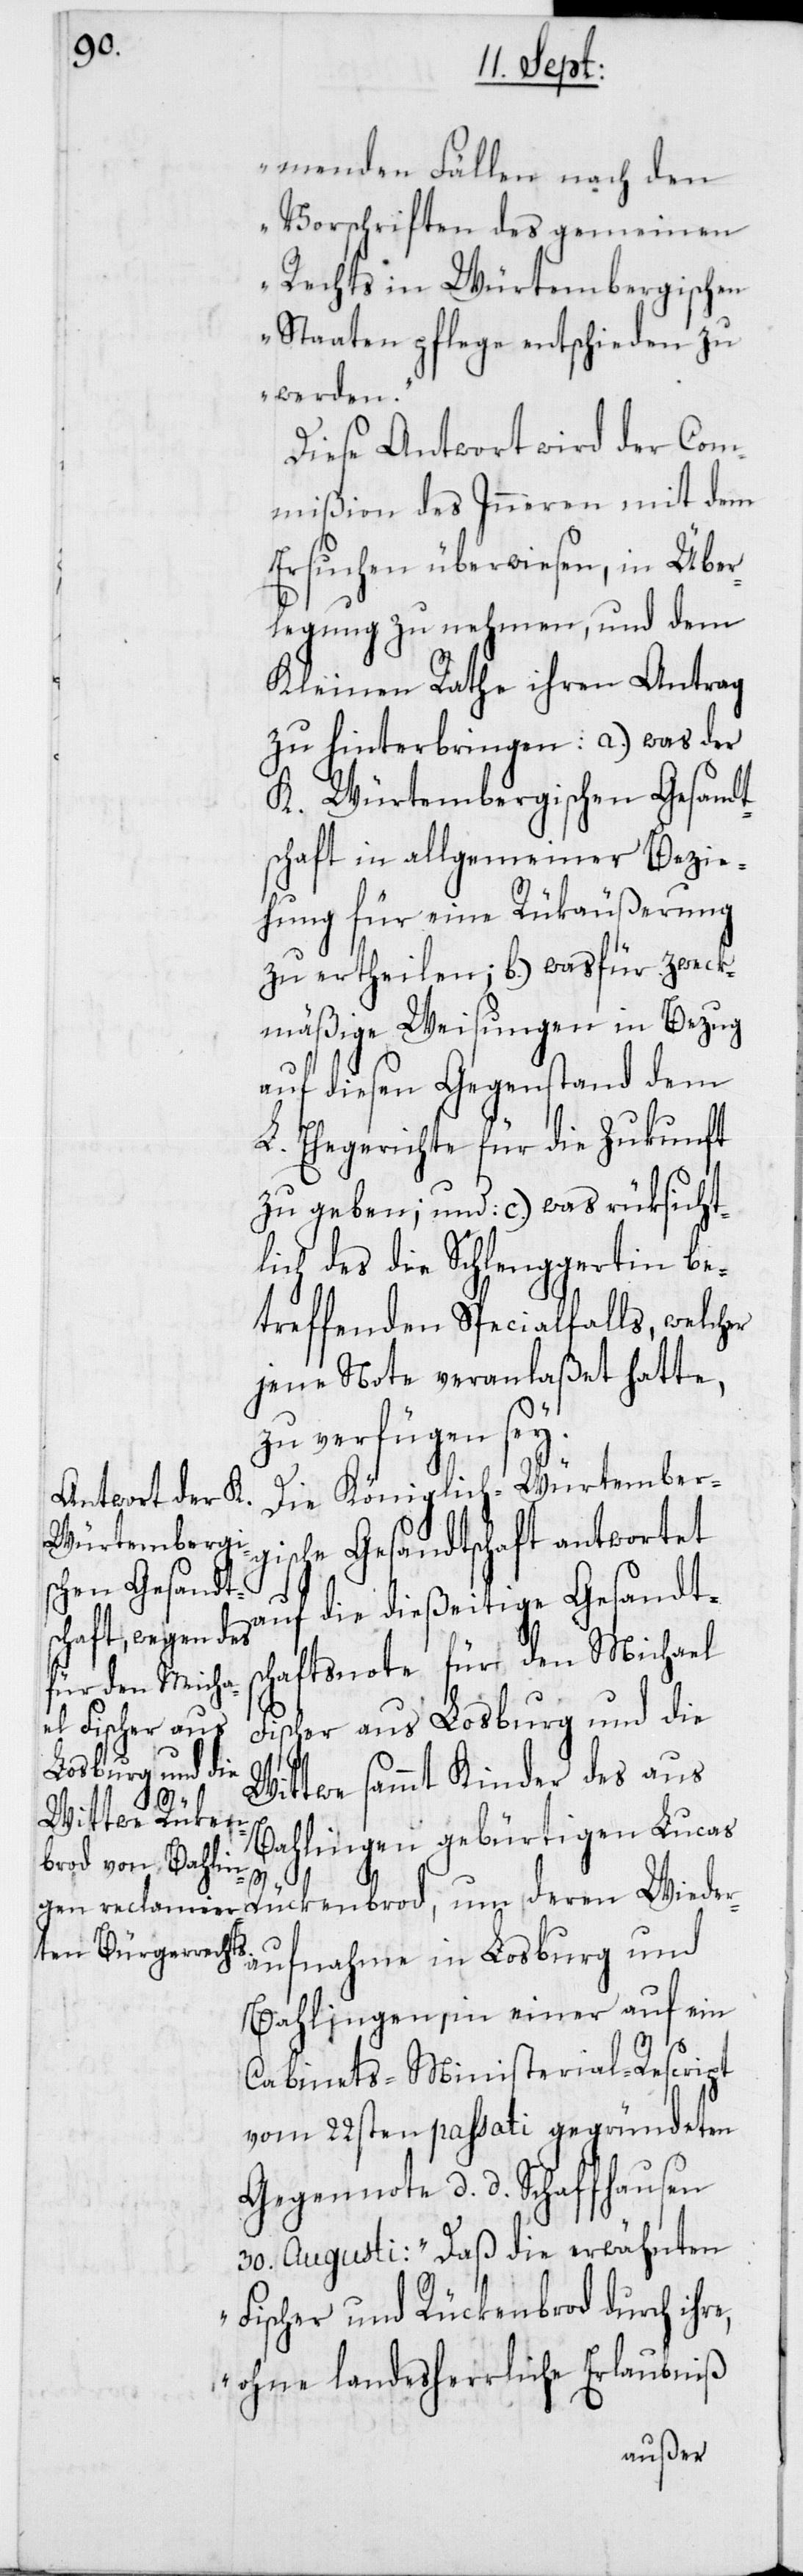
menden Fällen nach den
Vorschriften des gemeinen
Rechts in Würtembergischen
Staaten pflege entschieden zu
werden“.
Diese Antwort wird der Com¬
mißion des Inneren mit dem
Ersuchen überwiesen, in Über¬
legung zu nehmen, und dem
Kleinen Rathe ihren Antrag
K. Würtembergischen Gesandt¬
schaft in allgemeiner Bezie¬
hung für eine Rückäußerung
mäßige Weisungen in Bezug
auf diesen Gegenstand dem
L. Ehegerichte für die Zukunft
des die Schlenggertin be¬
treffenden Specialfalls, welcher
jene Note veranlaßet hatte,
zu verfügen sey.
Die Königlich-Würtember¬
gische Gesandtschaft antwortet
auf die dießeitige Gesandts¬
chaftsnote für den Michael
Fischer aus Losburg und die
geben, und
Wittwe sammt Kinder des aus
Bahlingen gebürtigen Lucas
deren Wiederaufnahme in Losburg und
Bahlingen, in einer auf ein
Cabinets-Ministerial-Rescript
vom 22sten passati gegründeten
Gegennote d. d. Schaffhausen
30. Augusti: „Daß die erwähnten
Fischer und Rücknbrod durch ihre,
ohne landesherrliche Erlaubniß